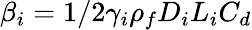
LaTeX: \beta_{i}=1/2\gamma_{i}\rho_{f}D_{i}L_{i}C_{d}